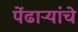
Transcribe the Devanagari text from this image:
पेंढाऱ्यांचे